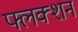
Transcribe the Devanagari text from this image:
फ्लक्शन